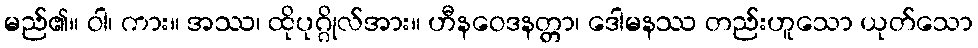
မည်၏။ ဝါ၊ ကား။ အဿ၊ ထိုပုဂ္ဂိုလ်အား။ ဟီနဝေဒနတ္တာ၊ ဒေါမနဿ တည်းဟူသော ယုတ်သော